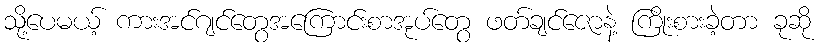
သို့ပေမယ့် ကားအင်ဂျင်တွေအကြောင်းစာအုပ်တွေ ဖတ်ချင်ဇောနဲ့ ကြိုးစားခဲ့တာ ခုဆို